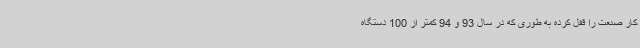
کار صنعت را قفل کرده به طوری که در سال 93 و 94 کمتر از 100 دستگاه